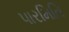
પારમિતિ